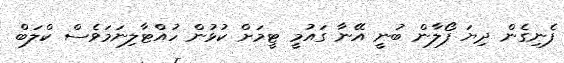
ފެނިގެން ދިޔަ ފޯލާން ބުނީ އޭނާ ގައުމީ ޓީމަށް ކުޅުން ހުއްޓާލިނަމަވެސް ކްލަބް